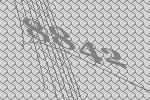
8842